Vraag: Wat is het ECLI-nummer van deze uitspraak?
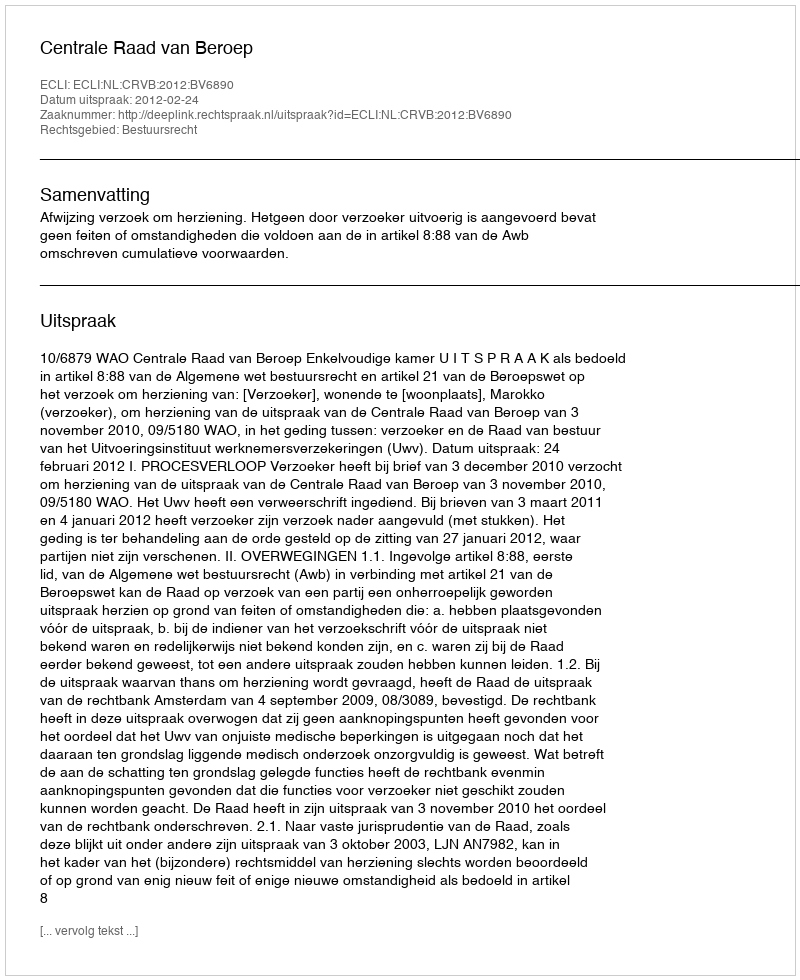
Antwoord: ECLI:NL:CRVB:2012:BV6890